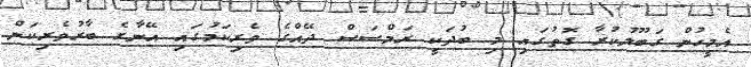
އެމީހުން ގަބޫލުކުރާ ގޮތުގައި މި ބުދަކީ ރަމްސަސް ދޭއްގެ ވެރިކަމުގައި އޭނާގެ ބާރުވެރިކަން